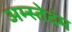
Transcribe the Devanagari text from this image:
अम्स्तेदंम